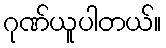
ဂုဏ်ယူပါတယ်။